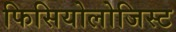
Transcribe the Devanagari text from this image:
फिसियोलोजिस्ट